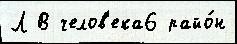
Л В челов'ека6 райо́н